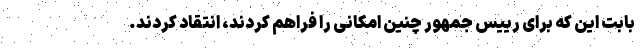
بابت این که برای رییس جمهور چنین امکانی را فراهم کردند، انتقاد کردند.